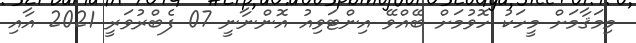
މިމަޤާމަށް މީހަކު ހޮވުމަށް ބޭއްވޭ އިންޓަވިއު އޮންނާނީ 07 ފެބްރުވަރީ 2021 އާއި